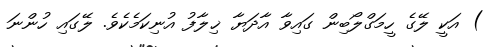
) އަކީ ލޭގެ ހީމަގްލޯބިން ގައިވާ އާދަޔާ ޚިލާފު އުނިކަމެކެވެ. ލޭގައި ހުންނަ